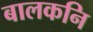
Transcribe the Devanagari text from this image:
बालकनि